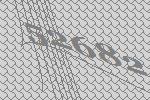
52682